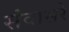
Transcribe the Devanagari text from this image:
संवासरे